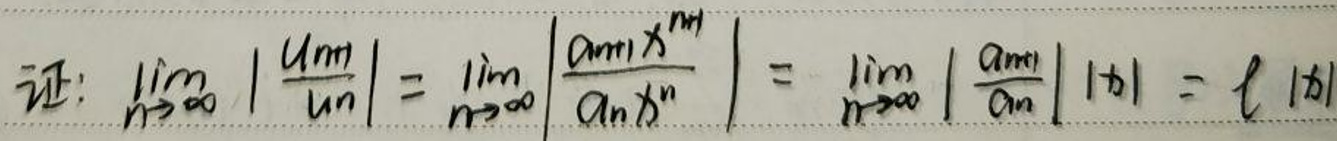
证：\(\lim_{n \to \infty} \left|\frac{u_{n + 1}}{u_n}\right|=\lim_{n \to \infty} \left|\frac{a_{n + 1}x^{n + 1}}{a_nx^n}\right|=\lim_{n \to \infty} \left|\frac{a_{n + 1}}{a_n}\right||x|=\ell|x|\)